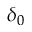
\delta _ { 0 }